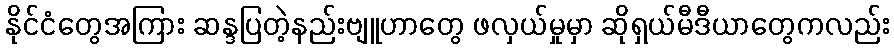
နိုင်ငံတွေအကြား ဆန္ဒပြတဲ့နည်းဗျူဟာတွေ ဖလှယ်မှုမှာ ဆိုရှယ်မီဒီယာတွေကလည်း